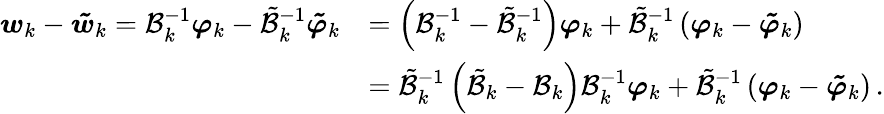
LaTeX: \begin{array}{rl}{{\boldsymbol{w}}_{k}-{\boldsymbol{\tilde{w}}}_{k}=\mathcal{B}_{k}^{-1}{\boldsymbol{\varphi}}_{k}-\tilde{\mathcal{B}}_{k}^{-1}{\boldsymbol{\tilde{\varphi}}}_{k}}&{=\left(\mathcal{B}_{k}^{-1}-\tilde{\mathcal{B}}_{k}^{-1}\right){\boldsymbol{\varphi}}_{k}+\tilde{\mathcal{B}}_{k}^{-1}\left({\boldsymbol{\varphi}}_{k}-{\boldsymbol{\tilde{\varphi}}}_{k}\right)}\\ &{=\tilde{\mathcal{B}}_{k}^{-1}\left(\tilde{\mathcal{B}}_{k}-\mathcal{B}_{k}\right)\mathcal{B}_{k}^{-1}{\boldsymbol{\varphi}}_{k}+\tilde{\mathcal{B}}_{k}^{-1}\left({\boldsymbol{\varphi}}_{k}-{\boldsymbol{\tilde{\varphi}}}_{k}\right)\, .}\end{array}